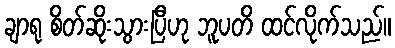
ချာရု စိတ်ဆိုးသွားပြီဟု ဘူပတိ ထင်လိုက်သည်။